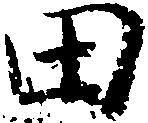
田